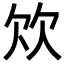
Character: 𣢐